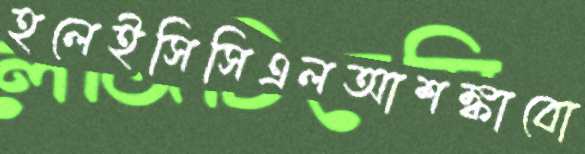
হলেইসিসিএলআশঙ্কাবো